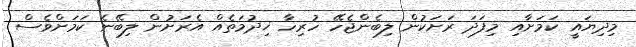
މިދިޔައީ ކަމަށާއި މިފަދަ ރަށަކުން ލިބެންޖެހޭ ހުރިހާ ޚިދުމަތެއް އެރަށުން ލިބޭނެ ކަމަށްވެސް